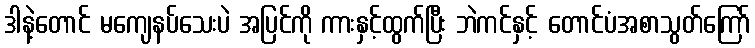
ဒါနဲ့တောင် မကျေနပ်သေးပဲ အပြင်ကို ကားနှင့်ထွက်ပြီး ဘဲကင်နှင့် တောင်ပံအစာသွတ်ကြော်